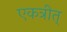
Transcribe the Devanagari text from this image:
एकत्रीत्